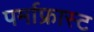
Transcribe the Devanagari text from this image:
पर्माफ्रास्ट